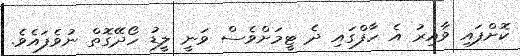
ކޮށްފައި ވާއިރު އެ ހާފްގައި ދެ ޓީމަށްވެސް ވަނީ ލީޑު ހޯދޭގޮތް ނުވެފައެވެ.